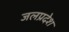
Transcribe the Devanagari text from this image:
जलप्रदेश